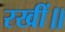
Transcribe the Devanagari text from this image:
रखीं॥